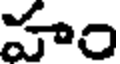
హం